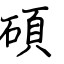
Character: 碩